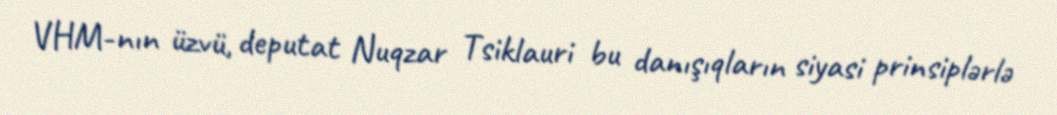
VHM-nın üzvü, deputat Nuqzar Tsiklauri bu danışıqların siyasi prinsiplərlə